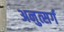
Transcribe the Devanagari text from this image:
अनुत्सर्ग